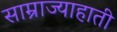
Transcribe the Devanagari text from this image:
साम्राज्याहाती